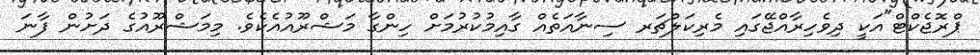
ޕްރޮޖެކްޓް"އަކީ ދިވެހިރާއްޖޭގައި މެރިކަލްޗަރ ސިނާއަތެއް ގާއިމުކުރުމަށް ހިންގާ މަޝްރޫއުއެކެވެ. މިމަޝްރޫއުގެ ދަށުން ފާނަ